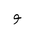
Letter: _waw